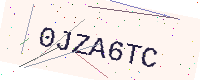
Text: 0JZA6TC